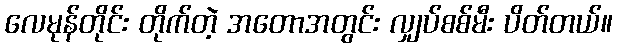
လေမုန်တိုင်း တိုက်တဲ့ အတောအတွင်း လျှပ်စစ်မီး ပိတ်တယ်။